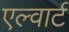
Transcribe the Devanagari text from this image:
एल्वार्ट